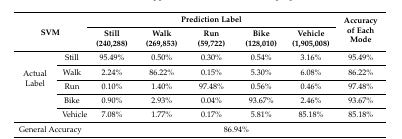
<table><thead><tr><td rowspan="2" colspan="2"><b>SVM</b></td><td colspan="5"><b>Prediction Label</b></td><td rowspan="2"><b>Accuracy of Each Mode</b></td></tr><tr><td><b>Still (240,288)</b></td><td><b>Walk (269,853)</b></td><td><b>Run (59,722)</b></td><td><b>Bike (128,010)</b></td><td><b>Vehicle (1,905,008)</b></td></tr></thead><tbody><tr><td rowspan="5">Actual Label</td><td>Still</td><td>95.49%</td><td>0.50%</td><td>0.30%</td><td>0.54%</td><td>3.16%</td><td>95.49%</td></tr><tr><td>Walk</td><td>2.24%</td><td>86.22%</td><td>0.15%</td><td>5.30%</td><td>6.08%</td><td>86.22%</td></tr><tr><td>Run</td><td>0.10%</td><td>1.40%</td><td>97.48%</td><td>0.56%</td><td>0.46%</td><td>97.48%</td></tr><tr><td>Bike</td><td>0.90%</td><td>2.93%</td><td>0.04%</td><td>93.67%</td><td>2.46%</td><td>93.67%</td></tr><tr><td>Vehicle</td><td>7.08%</td><td>1.77%</td><td>0.17%</td><td>5.81%</td><td>85.18%</td><td>85.18%</td></tr><tr><td colspan="2">General Accuracy</td><td colspan="6">86.94%</td></tr></tbody></table>